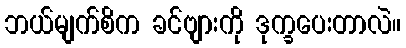
ဘယ်မျက်စိက ခင်ဗျားကို ဒုက္ခပေးတာလဲ။